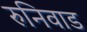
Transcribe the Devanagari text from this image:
रुनिवाड